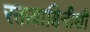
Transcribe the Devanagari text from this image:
रक्तवाहिनीशी